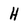
Character: H